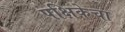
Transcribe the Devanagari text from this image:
पक्षिकेचा